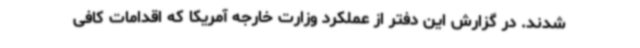
شدند. در گزارش این دفتر از عملکرد وزارت خارجه آمریکا که اقدامات کافی